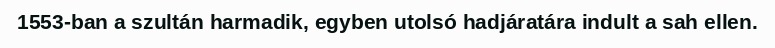
1553-ban a szultán harmadik, egyben utolsó hadjáratára indult a sah ellen.